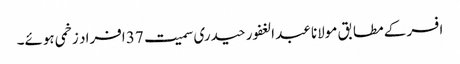
افسر کے مطابق مولانا عبد الغفور حیدری سمیت 37 افراد زخمی ہوئے۔